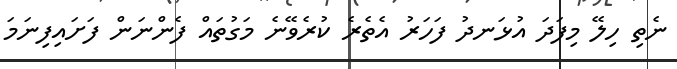
ނެތި ހިލޭ މިފަދަ އުޅަނދު ފަހަރު އެތެރެ ކުރެވޭނެ މަގުތައް ފެންނަން ފަށައިފިނަމަ